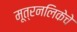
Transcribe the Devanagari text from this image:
मूत्रनलिकेचे